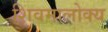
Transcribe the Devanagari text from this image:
शिवमालोक्य